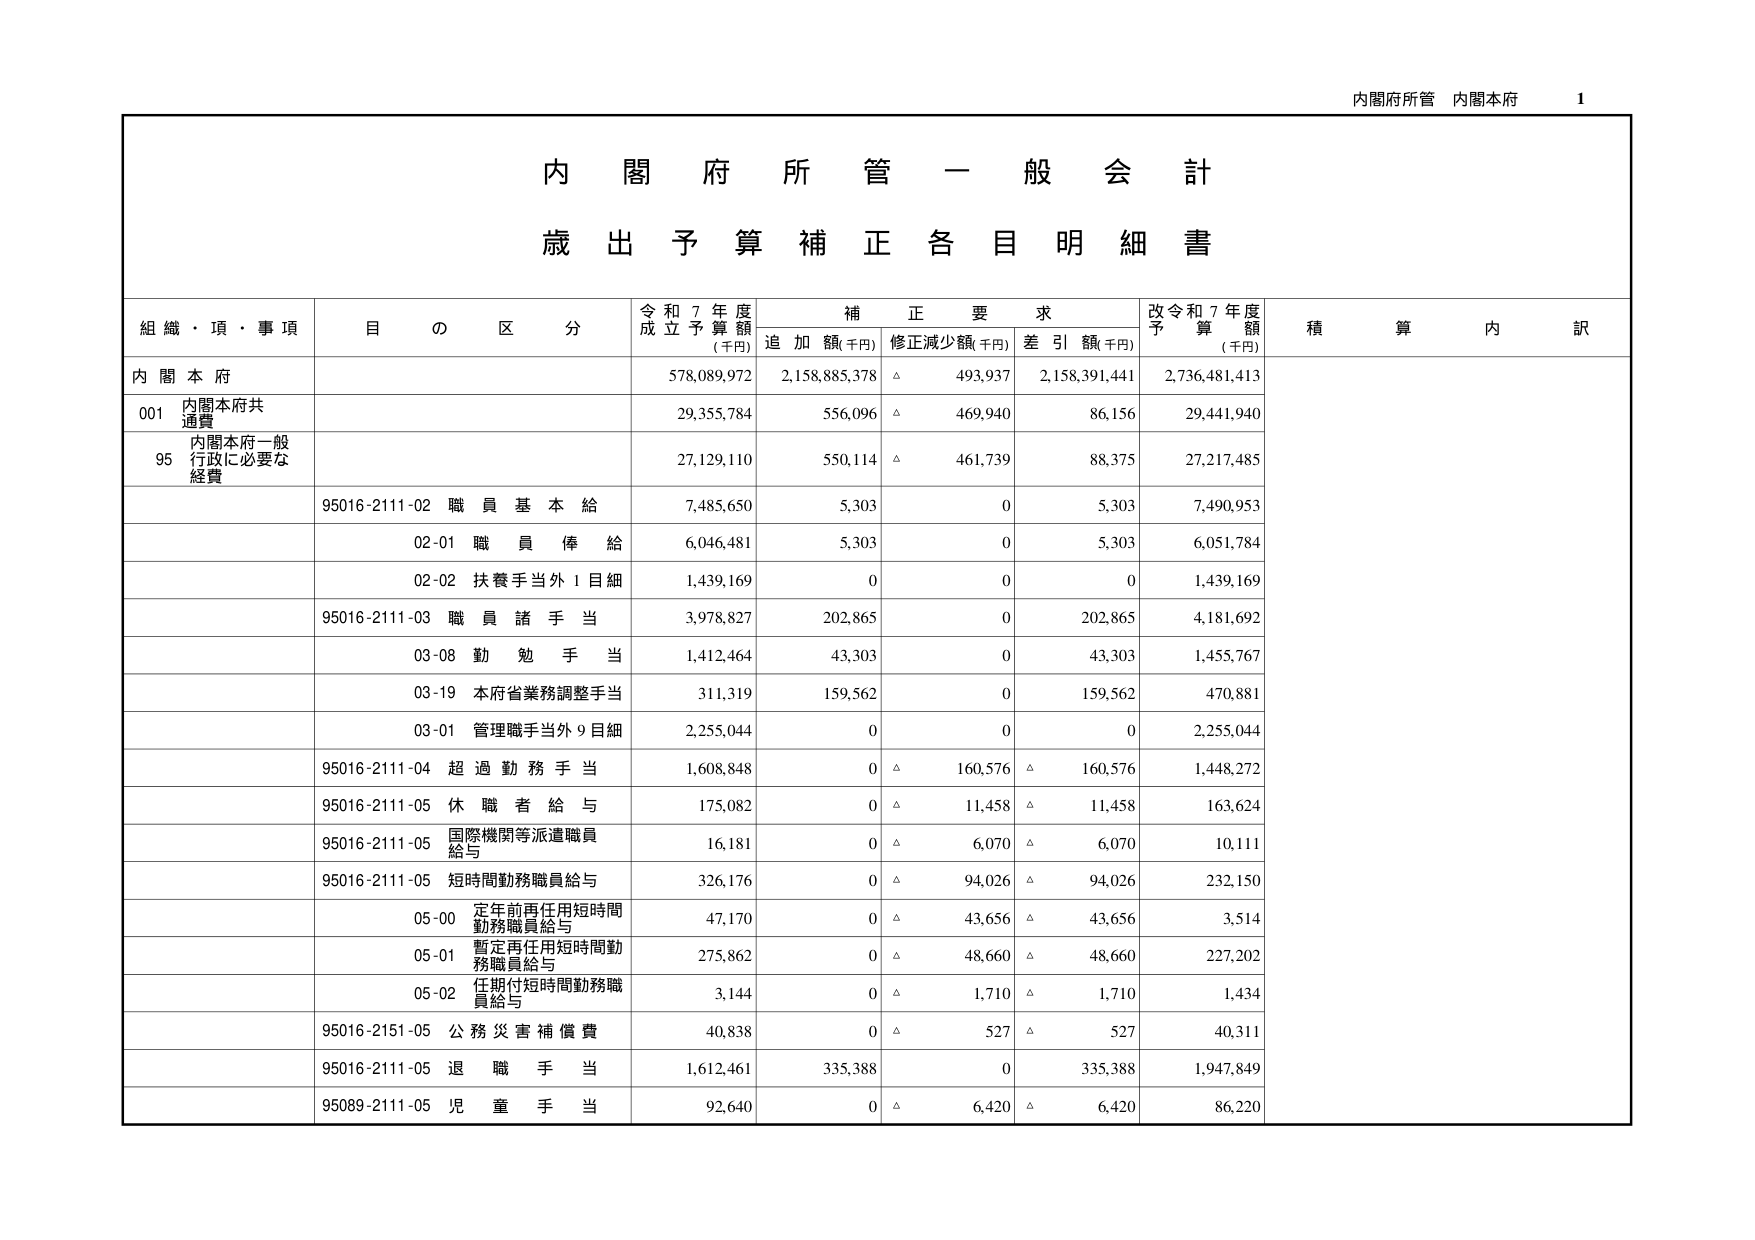
内閣府所管 内閣本府 1
内 閣 府 所 管 一 般 会 計
歳 出 予 算 補 正 各 目 明 細 書
組織・項・事項 目 の 区 分 令和7年度成立予算額（千円） 補正要求 追加額（千円） 修正減少額（千円） 差引額（千円） 改令和7年度予算額（千円） 積算内訳
内閣本府 578,089,972 2,158,885,378 △ 493,937 2,158,391,441 2,736,481,413
001 内閣本府共通費 29,355,784 556,096 △ 469,940 86,156 29,441,940
95 内閣本府一般行政に必要な経費 27,129,110 550,114 △ 461,739 88,375 27,217,485
95016-2111-02 職員基本給 7,485,650 5,303 0 5,303 7,490,953
02-01 職員俸給 6,046,481 5,303 0 5,303 6,051,784
02-02 扶養手当外1目細 1,439,169 0 0 0 1,439,169
95016-2111-03 職員諸手当 3,978,827 202,865 0 202,865 4,181,692
03-08 勤勉手当 1,412,464 43,303 0 43,303 1,455,767
03-19 本府省業務調整手当 311,319 159,562 0 159,562 470,881
03-01 管理職手当外9目細 2,255,044 0 0 0 2,255,044
95016-2111-04 超過勤務手当 1,608,848 0 △ 160,576 △ 160,576 1,448,272
95016-2111-05 休職者給与 175,082 0 △ 11,458 △ 11,458 163,624
95016-2111-05 国際機関等派遣職員給与 16,181 0 △ 6,070 △ 6,070 10,111
95016-2111-05 短時間勤務職員給与 326,176 0 △ 94,026 △ 94,026 232,150
05-00 定年前再任用短時間勤務職員給与 47,170 0 △ 43,656 △ 43,656 3,514
05-01 暫定再任用短時間勤務職員給与 275,862 0 △ 48,660 △ 48,660 227,202
05-02 任期付短時間勤務職員給与 3,144 0 △ 1,710 △ 1,710 1,434
95016-2151-05 公務災害補償費 40,838 0 △ 527 △ 527 40,311
95016-2111-05 退職手当 1,612,461 335,388 0 335,388 1,947,849
95089-2111-05 児童手当 92,640 0 △ 6,420 △ 6,420 86,220